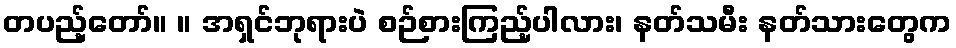
တပည့်တော်။ ။ အရှင်ဘုရားပဲ စဉ်စားကြည့်ပါလား၊ နတ်သမီး နတ်သားတွေက